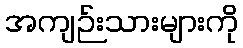
အကျဉ်းသားများကို